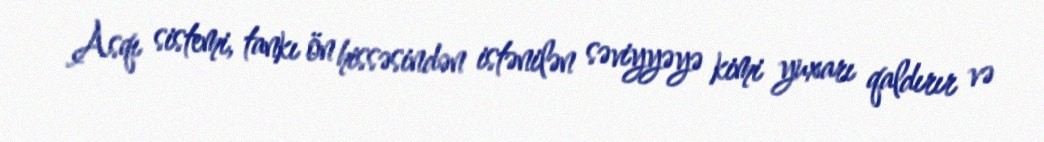
Asqı sistemi, tankı ön hissəsindən istənilən səviyyəyə kimi yuxarı qaldırır və